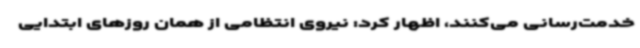
خدمت‌رسانی می‌کنند، اظهار کرد: نیروی انتظامی از همان روزهای ابتدایی